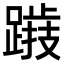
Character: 𨅅